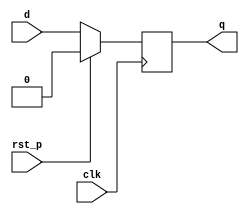
module D_flip_flop_p(
    input d,
    input clk,
    input rst_p,
    output reg q
    );
    
    always@(posedge clk)begin
        if(rst_p) q = 0;
        else q=d;
    end
    
endmodule

module edge_detector_p(
    input clk,
    input cp_in,
    input rst_p,
    output p_edge,
    output n_edge
);
    reg cp_in_old, cp_in_cur;
    
    always@(posedge clk)begin
        if(rst_p) begin
            cp_in_old <= 0;
            cp_in_cur <= 0;
        end
        else begin
            cp_in_old <= cp_in_cur;
            cp_in_cur <= cp_in;
        end
    end
    
    assign p_edge = ~cp_in_old & cp_in_cur;
    assign n_edge = cp_in_old & ~cp_in_cur;
    

endmodule

module T_flip_flop_p(        //clock?? rising edge???? ????
    input clk,t, rst_p,
    output reg q
    );
    
    always@(posedge clk)begin
    if(rst_p) q=0;
    else if(t) q=~q;
    end
    
endmodule